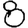
Digit: 8